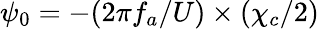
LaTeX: \psi_{0}=-(2\pi f_{a}/U)\times(\chi_{c}/2)